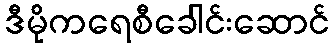
ဒီမိုကရေစီခေါင်းဆောင်